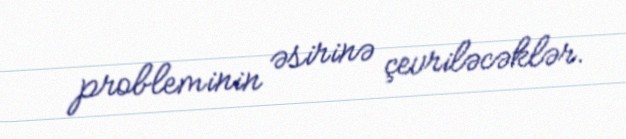
probleminin əsirinə çevriləcəklər.